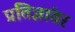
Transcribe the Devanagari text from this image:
प्रतिज्ञांतर